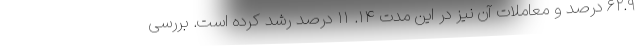
۶۲.۹ درصد و معاملات آن نیز در این مدت ۱۴. ۱۱ درصد رشد کرده است. بررسی